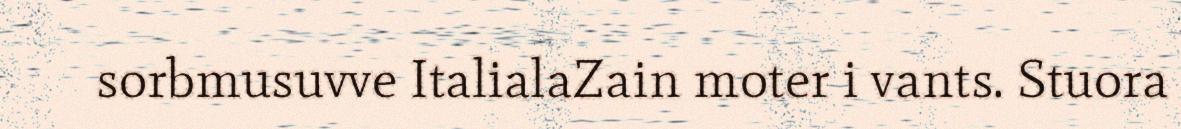
sorbmusuvve ItalialaZain moter i vants. Stuora